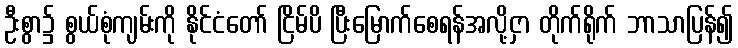
ဦးစွာ၌ စွယ်စုံကျမ်းကို နိုင်ငံတော် ငြိမ်ပိ ပြီးမြောက်စေရန်အလို့ငှာ တိုက်ရိုက် ဘာသာပြန်၍